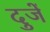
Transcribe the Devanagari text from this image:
दुजें